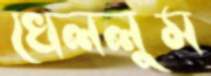
খেললুম